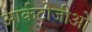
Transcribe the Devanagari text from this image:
आर्कटोजीओ